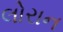
લોરાન